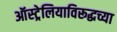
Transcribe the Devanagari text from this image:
ऑस्ट्रेलियाविरूद्धच्या